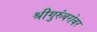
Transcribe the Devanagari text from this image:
श्रीगुरुंंबरोबर